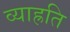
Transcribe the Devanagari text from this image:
व्याह्रति